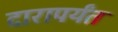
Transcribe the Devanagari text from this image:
दारापर्यंत